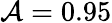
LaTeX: \mathcal{A}=0.95